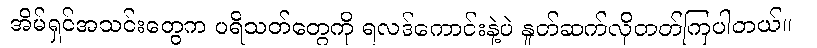
အိမ်ရှင်အသင်းတွေက ပရိသတ်တွေကို ရလဒ်ကောင်းနဲ့ပဲ နှုတ်ဆက်လိုတတ်ကြပါတယ်။